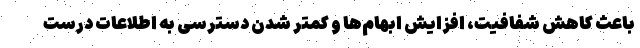
باعث کاهش شفافیت، افزایش ابهام‌ها و کمتر شدن دسترسی به اطلاعات درست